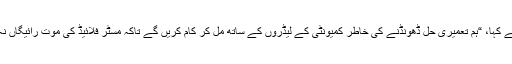
انہوں نے کہا، “ہم تعمیری حل ڈھونڈنے کی خاطر کمیونٹی کے لیڈروں کے ساتھ مل کر کام کریں گے تاکہ مسٹر فلائیڈ کی موت رائیگاں نہ جائے۔